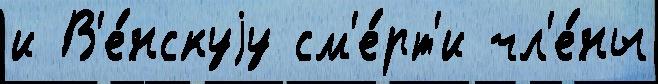
и В'е́нскуjу см'е́рт'и чл'е́ны